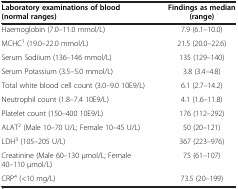
<table><thead><tr><td><b>Laboratory examinations of blood (normal ranges)</b></td><td><b>Findings as median (range)</b></td></tr></thead><tbody><tr><td>Haemoglobin (7.0–11.0 mmol/L)</td><td>7.9 (6.1–10.0)</td></tr><tr><td>MCHC<sup>1</sup> (19.0–22.0 mmol/L)</td><td>21.5 (20.0–22.6)</td></tr><tr><td>Serum Sodiium (136–146 mmol/L)</td><td>135 (129–140)</td></tr><tr><td>Serum Potassium (3.5–5.0 mmol/L)</td><td>3.8 (3.4–4.8)</td></tr><tr><td>Total white blood cell count (3.0–9.0 10E9/L)</td><td>6.1 (2.7–14.2)</td></tr><tr><td>Neutrophil count (1.8–7.4 10E9/L)</td><td>4.1 (1.6–11.8)</td></tr><tr><td>Platelet count (150–400 10E9/L)</td><td>176 (112–292)</td></tr><tr><td>ALAT<sup>2</sup> (Male 10–70 U/L; Female 10–45 U/L)</td><td>50 (20–121)</td></tr><tr><td>LDH<sup>3</sup> (105–205 U/L)</td><td>367 (223–976)</td></tr><tr><td>Creatinine (Male 60–130 μmol/L; Female 40–110 μmol/L)</td><td>75 (61–107)</td></tr><tr><td>CRP<sup>4</sup> (&lt;10 mg/L)</td><td>73.5 (20–199)</td></tr></tbody></table>